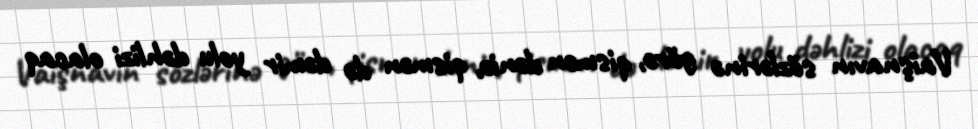
Vaişnavın sözlərinə görə, qismən dəniz, qismən də dəmir yolu dəhlizi olacaq